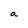
Character: a